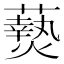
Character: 𬋖